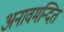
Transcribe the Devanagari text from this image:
अनावमन्दित